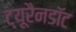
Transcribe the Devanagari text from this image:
ट्यूरैनडॉट